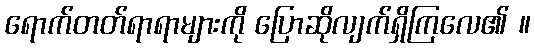
ရောက်တတ်ရာရာများကို ပြောဆိုလျက်ရှိကြလေ၏ ။